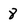
Character: 8